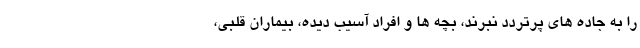
را به جاده های پرتردد نبرند، بچه ها و افراد آسیب دیده، بیماران قلبی،